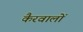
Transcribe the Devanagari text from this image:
कैरवालों